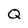
Character: Q